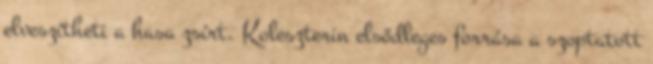
elveszítheti a hasa zsírt. Koleszterin elsődleges forrása a szoptatott